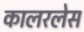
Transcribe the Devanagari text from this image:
कालरलेस